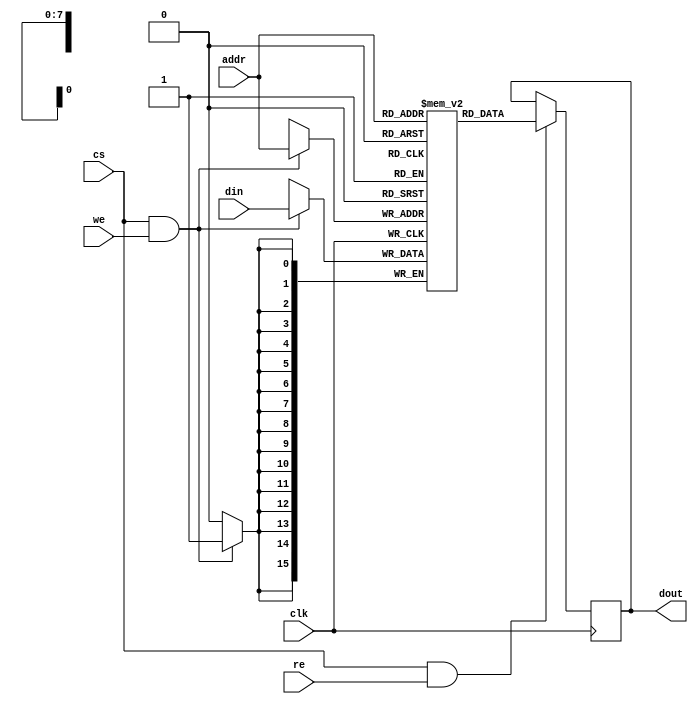
module SRAM #(
    parameter ADDR_WIDTH = 8, // Address width
    parameter DATA_WIDTH = 16, // Data width
    parameter DEPTH = 2**ADDR_WIDTH // Depth of SRAM
)(
    input wire clk,             // Clock
    input wire cs,              // Chip Select
    input wire we,              // Write Enable
    input wire re,              // Read Enable
    input wire [ADDR_WIDTH-1:0] addr, // Address input
    input wire [DATA_WIDTH-1:0] din,  // Data input
    output reg [DATA_WIDTH-1:0] dout   // Data output
);

    // Memory array declaration
    reg [DATA_WIDTH-1:0] mem [0:DEPTH-1];

    // Read operation - on falling edge of clock
    always @(negedge clk) begin
        if (cs && re) begin
            dout <= mem[addr]; // Read data from memory
        end
    end

    // Write operation - on rising edge of clock
    always @(posedge clk) begin
        if (cs && we) begin
            mem[addr] <= din; // Write data to memory
        end
    end

    // Optional: Built-in Self-Test (BIST) feature
    // You can implement a simple BIST function here if needed.
    // This is just a placeholder for a more comprehensive BIST implementation.
    // ...
    
endmodule